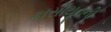
કાસીયૂનની